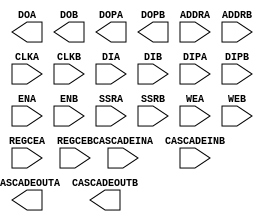
// $Header: /devl/xcs/repo/env/Databases/CAEInterfaces/xec_libs/data/unisims/ramb16_int.v,v 1.4 2008/12/11 17:17:40 vandanad Exp $

`timescale 1 ps/1 ps

module ramb16_int (CASCADEOUTA, CASCADEOUTB, DOA, DOB, DOPA, DOPB, 
		   ADDRA, ADDRB, CASCADEINA, CASCADEINB, CLKA, CLKB, DIA, DIB, DIPA, DIPB, ENA, ENB, REGCEA, REGCEB, SSRA, SSRB, WEA, WEB);

    output CASCADEOUTA;
    output CASCADEOUTB;
    output [31:0] DOA;
    output [31:0] DOB;
    output [3:0] DOPA;
    output [3:0] DOPB;
    input ENA, CLKA, SSRA, CASCADEINA, REGCEA;
    input ENB, CLKB, SSRB, CASCADEINB, REGCEB;
    input [14:0] ADDRA;
    input [14:0] ADDRB;
    input [31:0] DIA;
    input [31:0] DIB;
    input [3:0] DIPA;
    input [3:0] DIPB;
    input [3:0] WEA;
    input [3:0] WEB;

    parameter DOA_REG = 0;
    parameter DOB_REG = 0;
    parameter INIT_A = 36'h0;
    parameter INIT_B = 36'h0;
    parameter INVERT_CLK_DOA_REG = "FALSE";
    parameter INVERT_CLK_DOB_REG = "FALSE";
    parameter RAM_EXTENSION_A = "NONE";
    parameter RAM_EXTENSION_B = "NONE";
    parameter READ_WIDTH_A = 0;
    parameter READ_WIDTH_B = 0;
    parameter SIM_COLLISION_CHECK = "ALL";
    parameter SRVAL_A = 36'h0;
    parameter SRVAL_B = 36'h0;
    parameter WRITE_MODE_A = "WRITE_FIRST";
    parameter WRITE_MODE_B = "WRITE_FIRST";
    parameter WRITE_WIDTH_A = 0;
    parameter WRITE_WIDTH_B = 0;
    parameter INIT_FILE = "NONE";
    parameter INIT_00 = 256'h0000000000000000000000000000000000000000000000000000000000000000;
    parameter INIT_01 = 256'h0000000000000000000000000000000000000000000000000000000000000000;
    parameter INIT_02 = 256'h0000000000000000000000000000000000000000000000000000000000000000;
    parameter INIT_03 = 256'h0000000000000000000000000000000000000000000000000000000000000000;
    parameter INIT_04 = 256'h0000000000000000000000000000000000000000000000000000000000000000;
    parameter INIT_05 = 256'h0000000000000000000000000000000000000000000000000000000000000000;
    parameter INIT_06 = 256'h0000000000000000000000000000000000000000000000000000000000000000;
    parameter INIT_07 = 256'h0000000000000000000000000000000000000000000000000000000000000000;
    parameter INIT_08 = 256'h0000000000000000000000000000000000000000000000000000000000000000;
    parameter INIT_09 = 256'h0000000000000000000000000000000000000000000000000000000000000000;
    parameter INIT_0A = 256'h0000000000000000000000000000000000000000000000000000000000000000;
    parameter INIT_0B = 256'h0000000000000000000000000000000000000000000000000000000000000000;
    parameter INIT_0C = 256'h0000000000000000000000000000000000000000000000000000000000000000;
    parameter INIT_0D = 256'h0000000000000000000000000000000000000000000000000000000000000000;
    parameter INIT_0E = 256'h0000000000000000000000000000000000000000000000000000000000000000;
    parameter INIT_0F = 256'h0000000000000000000000000000000000000000000000000000000000000000;
    parameter INIT_10 = 256'h0000000000000000000000000000000000000000000000000000000000000000;
    parameter INIT_11 = 256'h0000000000000000000000000000000000000000000000000000000000000000;
    parameter INIT_12 = 256'h0000000000000000000000000000000000000000000000000000000000000000;
    parameter INIT_13 = 256'h0000000000000000000000000000000000000000000000000000000000000000;
    parameter INIT_14 = 256'h0000000000000000000000000000000000000000000000000000000000000000;
    parameter INIT_15 = 256'h0000000000000000000000000000000000000000000000000000000000000000;
    parameter INIT_16 = 256'h0000000000000000000000000000000000000000000000000000000000000000;
    parameter INIT_17 = 256'h0000000000000000000000000000000000000000000000000000000000000000;
    parameter INIT_18 = 256'h0000000000000000000000000000000000000000000000000000000000000000;
    parameter INIT_19 = 256'h0000000000000000000000000000000000000000000000000000000000000000;
    parameter INIT_1A = 256'h0000000000000000000000000000000000000000000000000000000000000000;
    parameter INIT_1B = 256'h0000000000000000000000000000000000000000000000000000000000000000;
    parameter INIT_1C = 256'h0000000000000000000000000000000000000000000000000000000000000000;
    parameter INIT_1D = 256'h0000000000000000000000000000000000000000000000000000000000000000;
    parameter INIT_1E = 256'h0000000000000000000000000000000000000000000000000000000000000000;
    parameter INIT_1F = 256'h0000000000000000000000000000000000000000000000000000000000000000;
    parameter INIT_20 = 256'h0000000000000000000000000000000000000000000000000000000000000000;
    parameter INIT_21 = 256'h0000000000000000000000000000000000000000000000000000000000000000;
    parameter INIT_22 = 256'h0000000000000000000000000000000000000000000000000000000000000000;
    parameter INIT_23 = 256'h0000000000000000000000000000000000000000000000000000000000000000;
    parameter INIT_24 = 256'h0000000000000000000000000000000000000000000000000000000000000000;
    parameter INIT_25 = 256'h0000000000000000000000000000000000000000000000000000000000000000;
    parameter INIT_26 = 256'h0000000000000000000000000000000000000000000000000000000000000000;
    parameter INIT_27 = 256'h0000000000000000000000000000000000000000000000000000000000000000;
    parameter INIT_28 = 256'h0000000000000000000000000000000000000000000000000000000000000000;
    parameter INIT_29 = 256'h0000000000000000000000000000000000000000000000000000000000000000;
    parameter INIT_2A = 256'h0000000000000000000000000000000000000000000000000000000000000000;
    parameter INIT_2B = 256'h0000000000000000000000000000000000000000000000000000000000000000;
    parameter INIT_2C = 256'h0000000000000000000000000000000000000000000000000000000000000000;
    parameter INIT_2D = 256'h0000000000000000000000000000000000000000000000000000000000000000;
    parameter INIT_2E = 256'h0000000000000000000000000000000000000000000000000000000000000000;
    parameter INIT_2F = 256'h0000000000000000000000000000000000000000000000000000000000000000;
    parameter INIT_30 = 256'h0000000000000000000000000000000000000000000000000000000000000000;
    parameter INIT_31 = 256'h0000000000000000000000000000000000000000000000000000000000000000;
    parameter INIT_32 = 256'h0000000000000000000000000000000000000000000000000000000000000000;
    parameter INIT_33 = 256'h0000000000000000000000000000000000000000000000000000000000000000;
    parameter INIT_34 = 256'h0000000000000000000000000000000000000000000000000000000000000000;
    parameter INIT_35 = 256'h0000000000000000000000000000000000000000000000000000000000000000;
    parameter INIT_36 = 256'h0000000000000000000000000000000000000000000000000000000000000000;
    parameter INIT_37 = 256'h0000000000000000000000000000000000000000000000000000000000000000;
    parameter INIT_38 = 256'h0000000000000000000000000000000000000000000000000000000000000000;
    parameter INIT_39 = 256'h0000000000000000000000000000000000000000000000000000000000000000;
    parameter INIT_3A = 256'h0000000000000000000000000000000000000000000000000000000000000000;
    parameter INIT_3B = 256'h0000000000000000000000000000000000000000000000000000000000000000;
    parameter INIT_3C = 256'h0000000000000000000000000000000000000000000000000000000000000000;
    parameter INIT_3D = 256'h0000000000000000000000000000000000000000000000000000000000000000;
    parameter INIT_3E = 256'h0000000000000000000000000000000000000000000000000000000000000000;
    parameter INIT_3F = 256'h0000000000000000000000000000000000000000000000000000000000000000;
    parameter INITP_00 = 256'h0000000000000000000000000000000000000000000000000000000000000000;
    parameter INITP_01 = 256'h0000000000000000000000000000000000000000000000000000000000000000;
    parameter INITP_02 = 256'h0000000000000000000000000000000000000000000000000000000000000000;
    parameter INITP_03 = 256'h0000000000000000000000000000000000000000000000000000000000000000;
    parameter INITP_04 = 256'h0000000000000000000000000000000000000000000000000000000000000000;
    parameter INITP_05 = 256'h0000000000000000000000000000000000000000000000000000000000000000;
    parameter INITP_06 = 256'h0000000000000000000000000000000000000000000000000000000000000000;
    parameter INITP_07 = 256'h0000000000000000000000000000000000000000000000000000000000000000;

endmodule